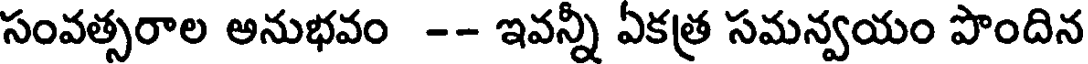
సంవత్సరాల అనుభవం -- ఇవన్నీ ఏకత్ర సమన్వయం పొందిన